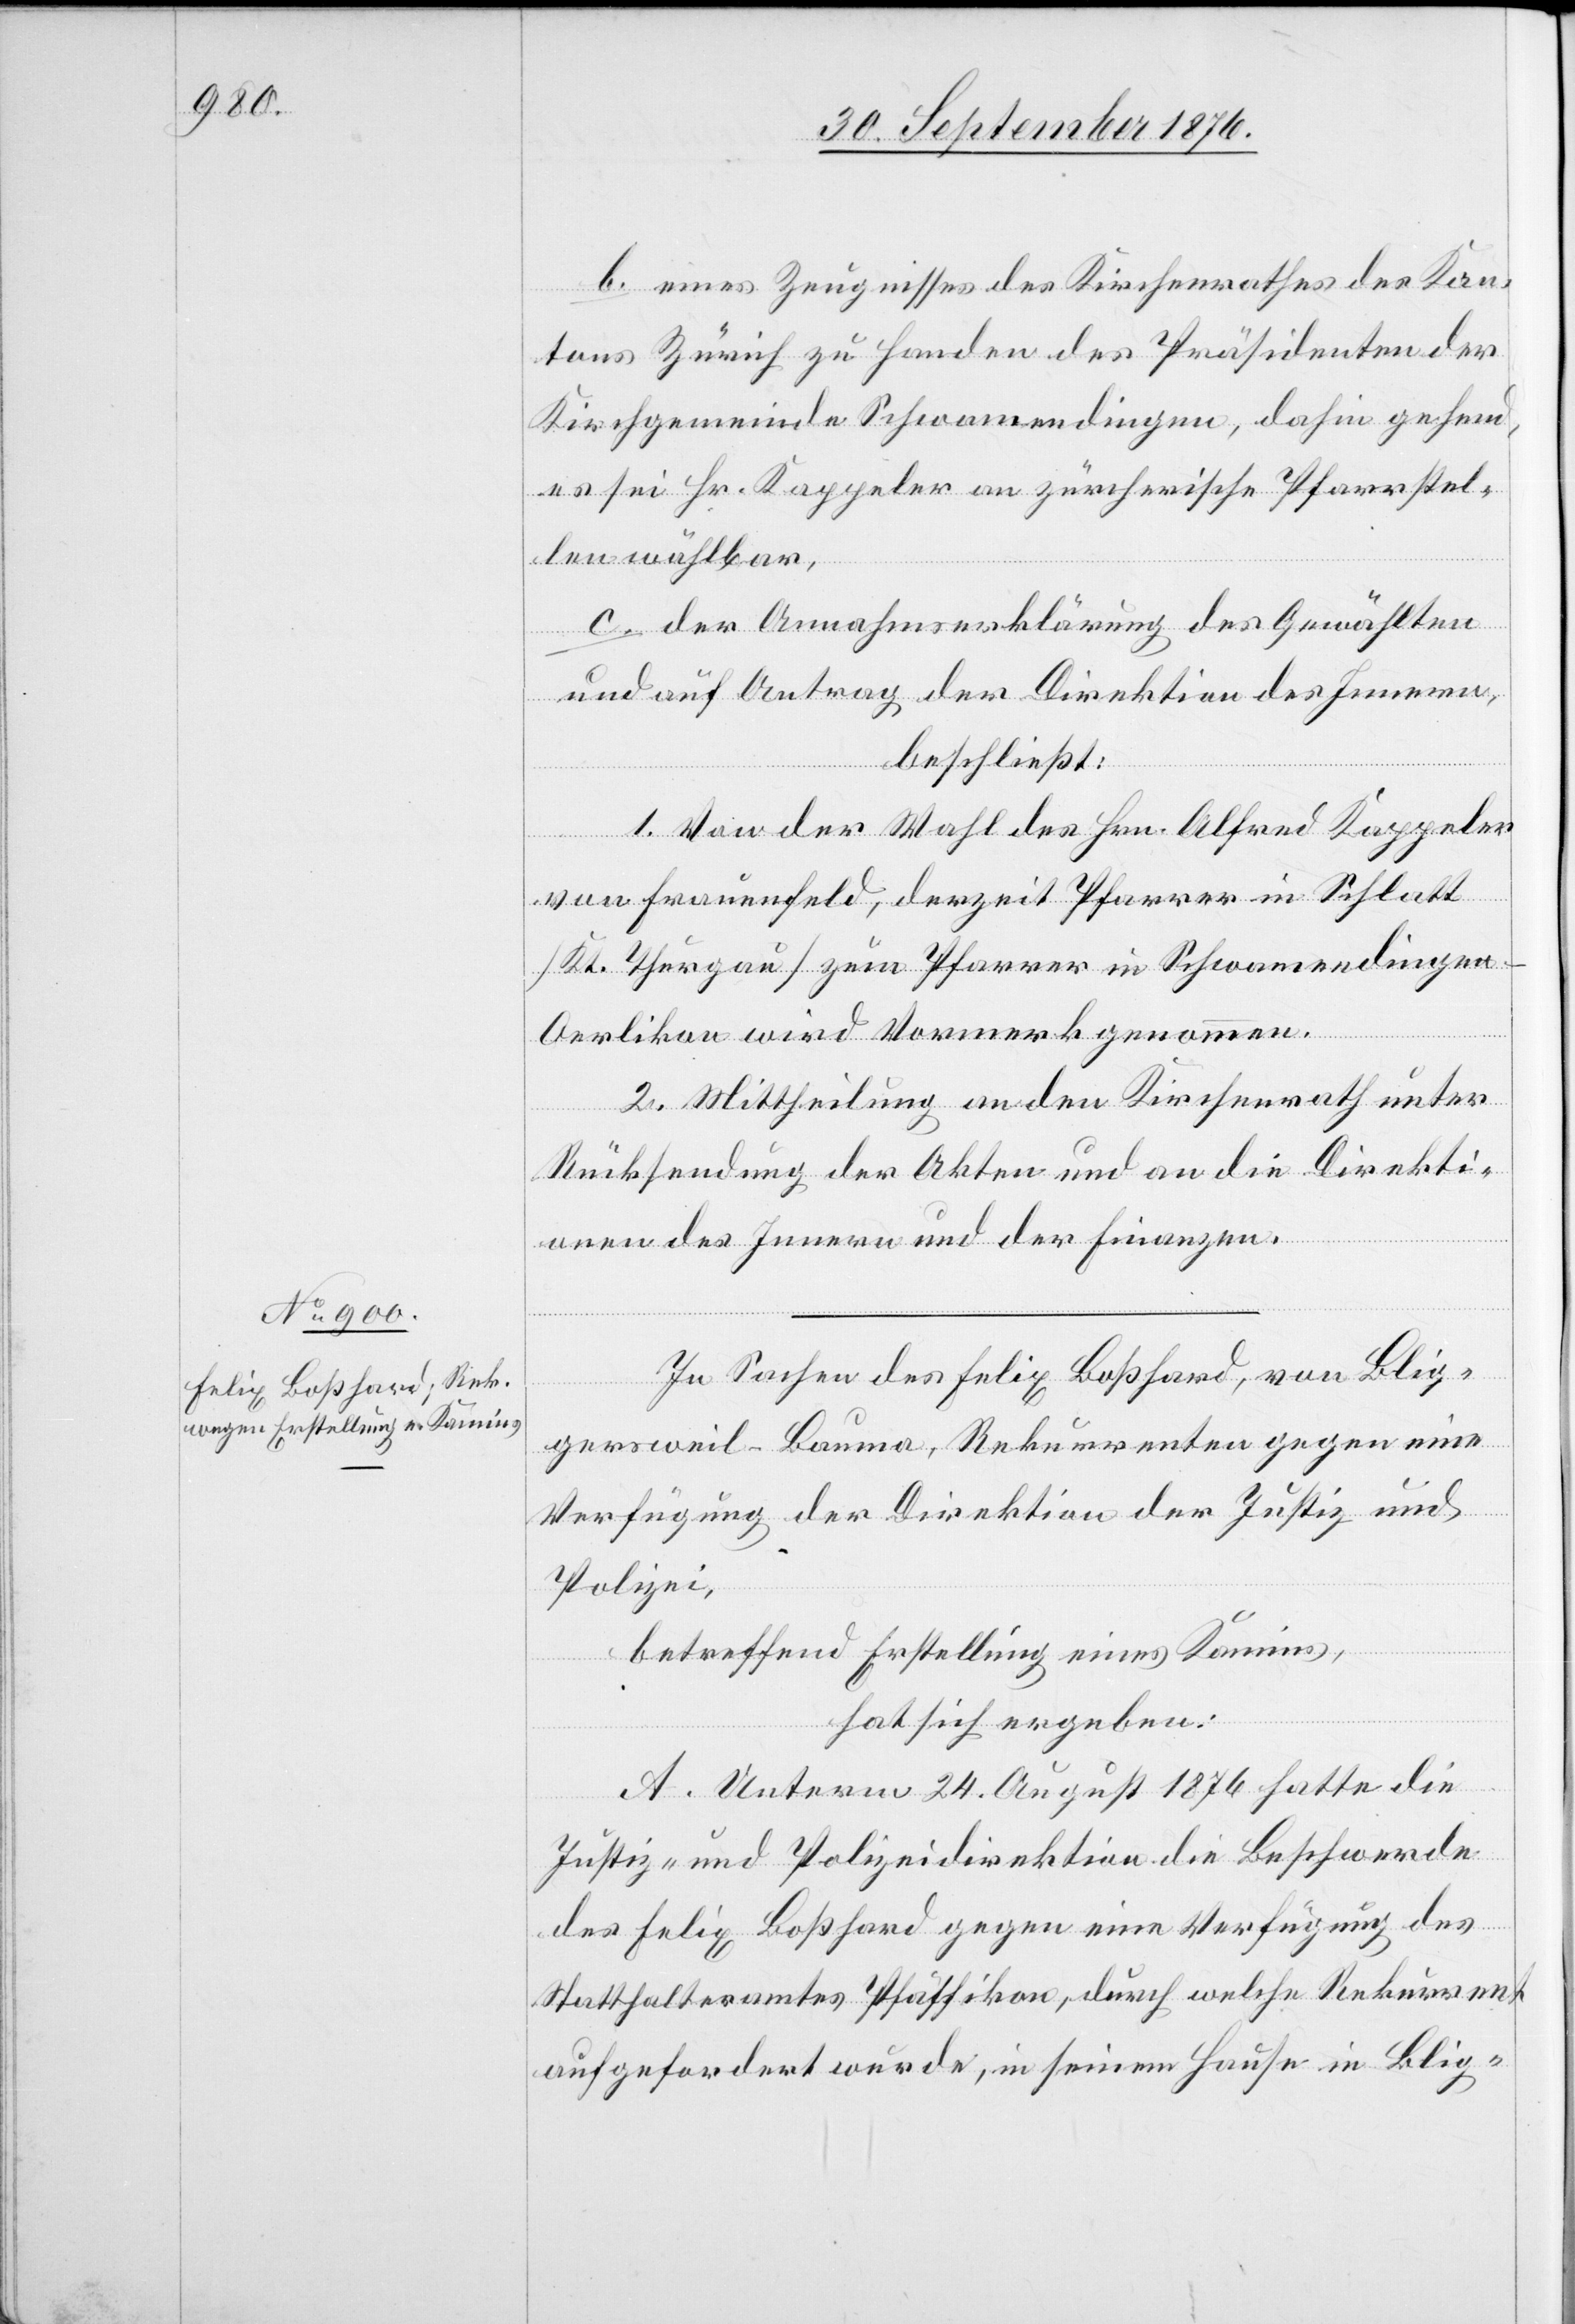
b. eines Zeugnisses des Kantonsrathes des Kan¬
tons Zürich zu Handen des Präsidenten der
Kirchgemeinde Schwamendingen, dahin gehend,
es sei Hr. Kappeler an zürcherische Pfarrstel¬
len wählbar,
c. der Annahmserklärung des Gewählten
und auf Antrag der Direktion des Innern,
beschließt:
1. Von der Wahl des Hrn. Alfred Kappeler
von Frauenfeld, derzeit Pfarrer in Schlatt
[Kt. Thurgau] zum Pfarrer in Schwamendingen
Oerlikon wird Vormerk genommen.
2. Mittheilung an den Kantonsrath unter
Rücksendung der Akten und an die Direkti¬
onen des Innern und der Finanzen.
In Sachen des Felix Boßhard, von Blig¬
gersweil - Bauma, Rekurrenten gegen eine
Verfügung der Direktion der Justiz und
Polizei,
betreffend Erstellung eines Kamins,
hat sich ergeben:
A. Unterm 24. August 1876 hatte die
Justiz- und Polizeidirektion die Beschwerde
des Felix Boßhard gegen eine Verfügung des
Statthalteramtes Pfäffikon, durch welche Rekurrent
aufgefordert wurde, in seinem Hause in Blig-